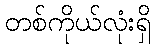
တစ်ကိုယ်လုံးရှိ